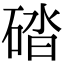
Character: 䂿